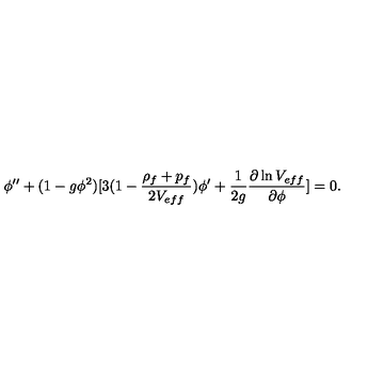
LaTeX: \phi ^ { \prime \prime } + ( 1 - g \phi ^ { 2 } ) [ 3 ( 1 - { \frac { \rho _ { f } + p _ { f } } { 2 V _ { e f f } } } ) \phi ^ { \prime } + { \frac { 1 } { 2 g } } { \frac { \partial \ln V _ { e f f } } { \partial \phi } } ] = 0 .